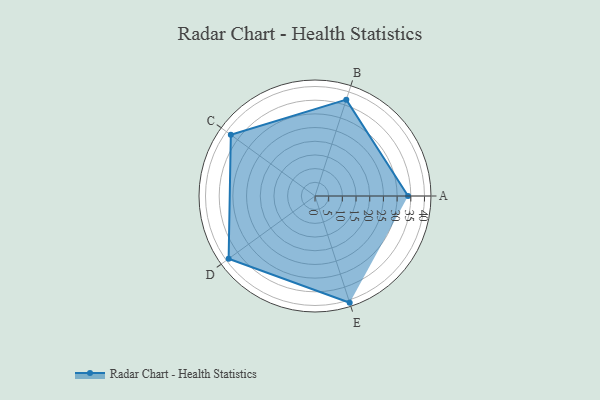
{"axis": {"x": "Skill", "y": "Score"}, "legend": ["Profile"], "data": [{"x": "A", "y": 34.0, "type": "Profile"}, {"x": "B", "y": 37.0, "type": "Profile"}, {"x": "C", "y": 38.0, "type": "Profile"}, {"x": "D", "y": 39.0, "type": "Profile"}, {"x": "E", "y": 41.0, "type": "Profile"}]}